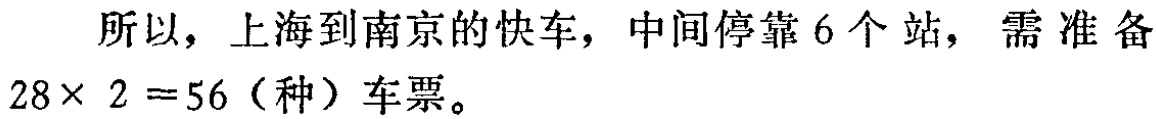
所以，上海到南京的快车，中间停靠 6 个站，需准备

\(28\times 2 = 56\)（种）车票。